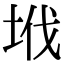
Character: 㘺